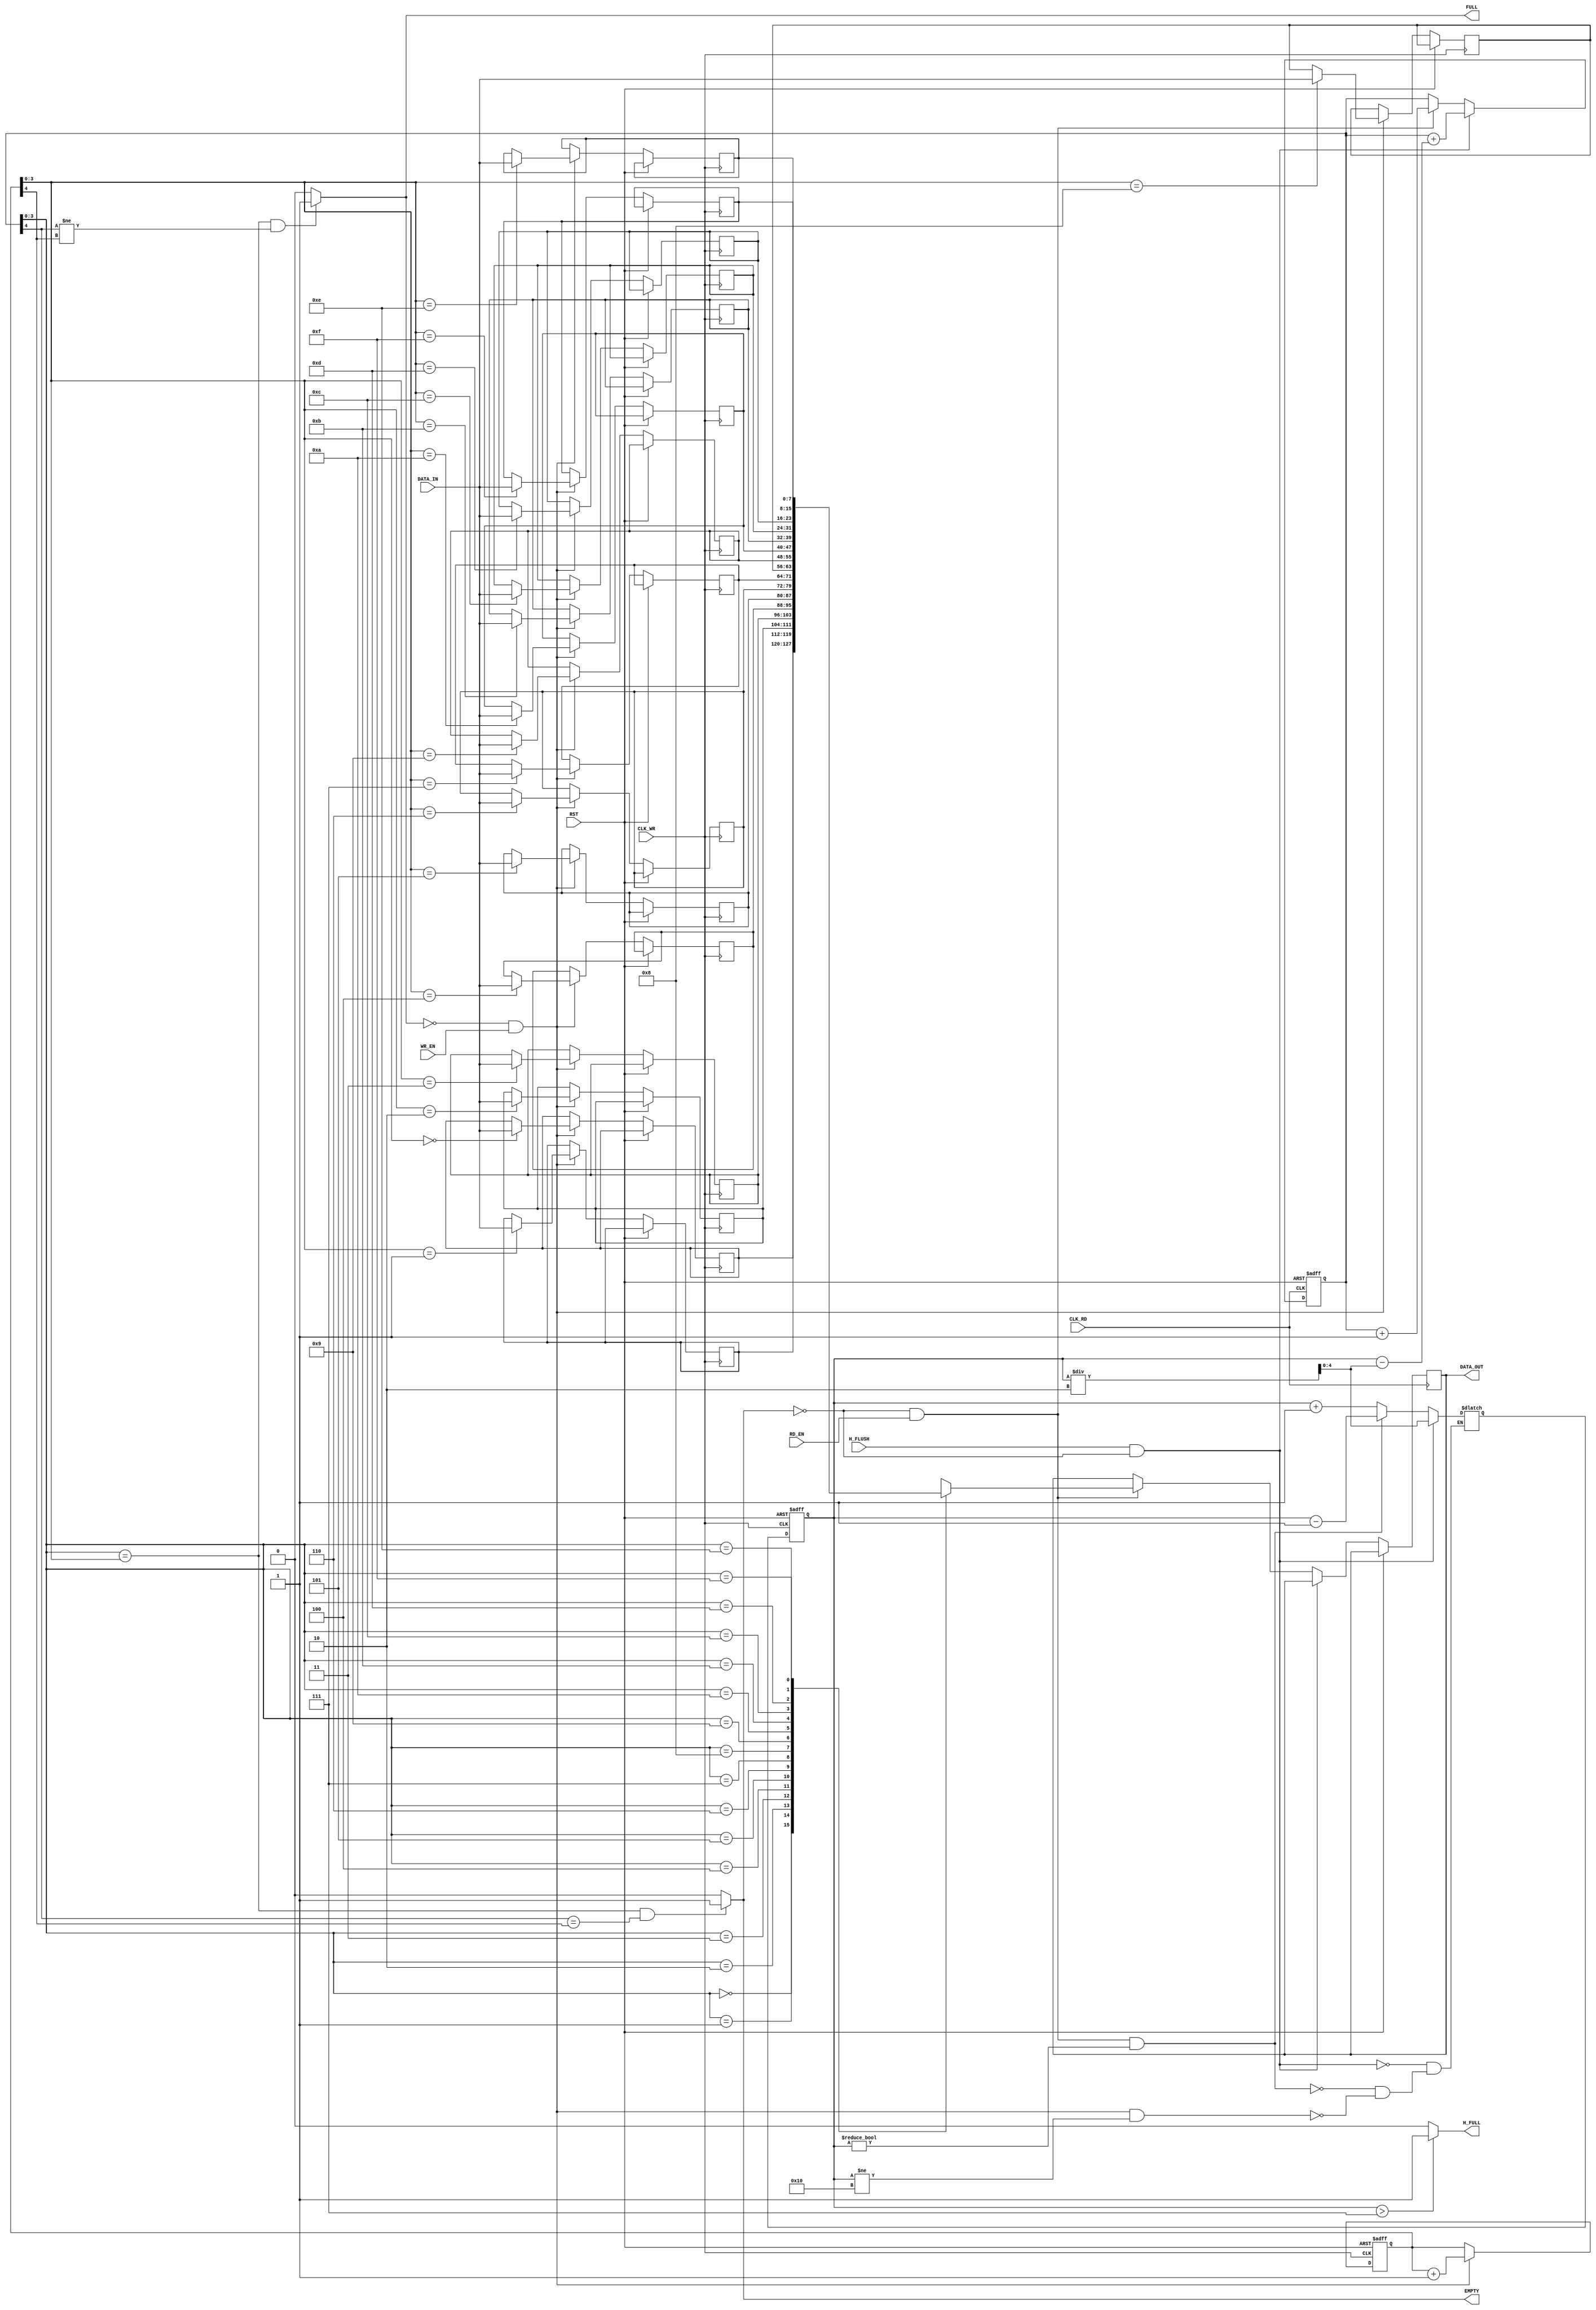
module async_fifo_v1 #( parameter BUS_WIDTH = 8, FIFO_DEPTH = 16 )  (
                                                                        input RST,
                                                                        input CLK_WR,
                                                                        input CLK_RD,
                                                                        input [BUS_WIDTH-1:0] DATA_IN,
                                                                        input WR_EN,
                                                                        input RD_EN,
                                                                        input H_FLUSH,

                                                                        output reg [BUS_WIDTH-1:0] DATA_OUT,
                                                                        output FULL,
                                                                        output EMPTY,
                                                                        output H_FULL
                                                                    );

    
    parameter PTR_WIDTH = $clog2( FIFO_DEPTH );
    integer i = 0;

    reg [PTR_WIDTH:0] wr_ptr, rd_ptr;
    reg [PTR_WIDTH:0] fifo_count_p;
    reg [PTR_WIDTH:0] fifo_count_n;

    reg [BUS_WIDTH-1:0] MEM [FIFO_DEPTH-1:0];

    // FIFO Counter
    always@(*)
    begin
        if( !FULL && WR_EN && fifo_count_p != 'd16 )
        begin
            fifo_count_n = fifo_count_p + 1;
        end
        if( !EMPTY && RD_EN && fifo_count_p != 'd0 )
        begin
            fifo_count_n = fifo_count_p - 1;
        end
        if( H_FLUSH && !EMPTY )
        begin
            fifo_count_n = ( fifo_count_p / 2 );
        end
    end

    // FIFO Write Module
    always@( posedge CLK_WR or posedge RST )
    begin
        wr_ptr <= wr_ptr;
        fifo_count_p <= fifo_count_p;

        for( i = 0; i < FIFO_DEPTH; i = i + 1 )
        begin
            MEM[i] <= MEM[i];
        end

        if( RST )
        begin
            wr_ptr <= 0;
            fifo_count_p <= 0;
        end
        else
        begin
            fifo_count_p <= fifo_count_n;

            if( !FULL && WR_EN )
            begin
                wr_ptr <= wr_ptr + 1'b1;
                MEM[wr_ptr[PTR_WIDTH-1:0]] <= DATA_IN;
            end
        end
    end

    // FIFO Read Module
    always@( posedge CLK_RD or posedge RST )
    begin
        rd_ptr <= rd_ptr;
        DATA_OUT <= DATA_OUT;

        if( RST )
        begin
            rd_ptr <= 0;
        end
        else
        begin
            if( !EMPTY && H_FLUSH )
            begin
                rd_ptr <= rd_ptr + ( fifo_count_p - ( fifo_count_p / 2 ) );
                //if( RD_EN )
                //begin
                //    rd_ptr <= rd_ptr + 1'b1;
                //    DATA_OUT <= MEM[rd_ptr[PTR_WIDTH-1:0]];
                //end
            end
            else if( !EMPTY && RD_EN )
            begin
                rd_ptr <= rd_ptr + 1'b1;
                DATA_OUT <= MEM[rd_ptr[PTR_WIDTH-1:0]];
            end
        end
    end

    assign FULL = ( rd_ptr[PTR_WIDTH-1:0] == wr_ptr[PTR_WIDTH-1:0] && rd_ptr[PTR_WIDTH] != wr_ptr[PTR_WIDTH] ) ? 1'b1 : 1'b0;
    assign EMPTY = ( rd_ptr[PTR_WIDTH-1:0] == wr_ptr[PTR_WIDTH-1:0] && rd_ptr[PTR_WIDTH] == wr_ptr[PTR_WIDTH] ) ? 1'b1 : 1'b0;
    assign H_FULL = ( fifo_count_p > ((FIFO_DEPTH/2)-1) ) ? 1'b1 : 1'b0;

    initial
    begin
        //$monitor( $time, " Module : RD_PTR : ( %0b, %0d ), WR_PTR : ( %0b, %0d ), fifo_count_p : %0d ", rd_ptr[PTR_WIDTH], rd_ptr[PTR_WIDTH-1:0], wr_ptr[PTR_WIDTH], wr_ptr[PTR_WIDTH-1:0], fifo_count_p );
    end

endmodule